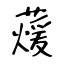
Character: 蕿